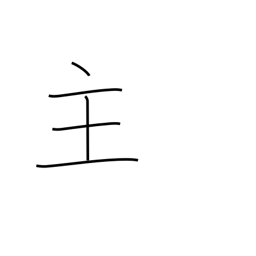
Meaning: main thing